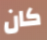
كان